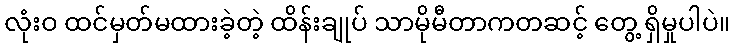
လုံးဝ ထင်မှတ်မထားခဲ့တဲ့ ထိန်းချုပ် သာမိုမီတာကတဆင့် တွေ့ ရှိမှုပါပဲ။